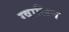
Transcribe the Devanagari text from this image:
ग्वालिन